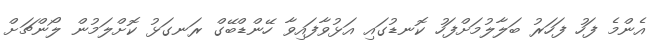
އެންމެ ފަހު ފަހަރު ބަލާލުމަށްފަހު ކޮނޑުގައި އަޅުވާފައިވާ ހޭންޑްބޭގް ރަނގަޅު ކޮށްލަމުން ލޯންޗަށް